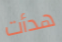
هدأت